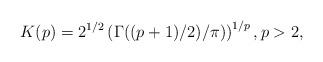
LaTeX: \begin{align*}K(p)=2^{1/2}\left(\Gamma((p+1)/2)/\pi)\right)^{1/p}, p>2,\end{align*}